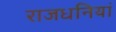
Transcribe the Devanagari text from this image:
राजधनियां